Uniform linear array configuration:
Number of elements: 16
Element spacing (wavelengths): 0.75
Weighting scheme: hamming
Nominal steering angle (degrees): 0
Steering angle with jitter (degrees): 1.285
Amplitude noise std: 0.05
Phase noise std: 0.05

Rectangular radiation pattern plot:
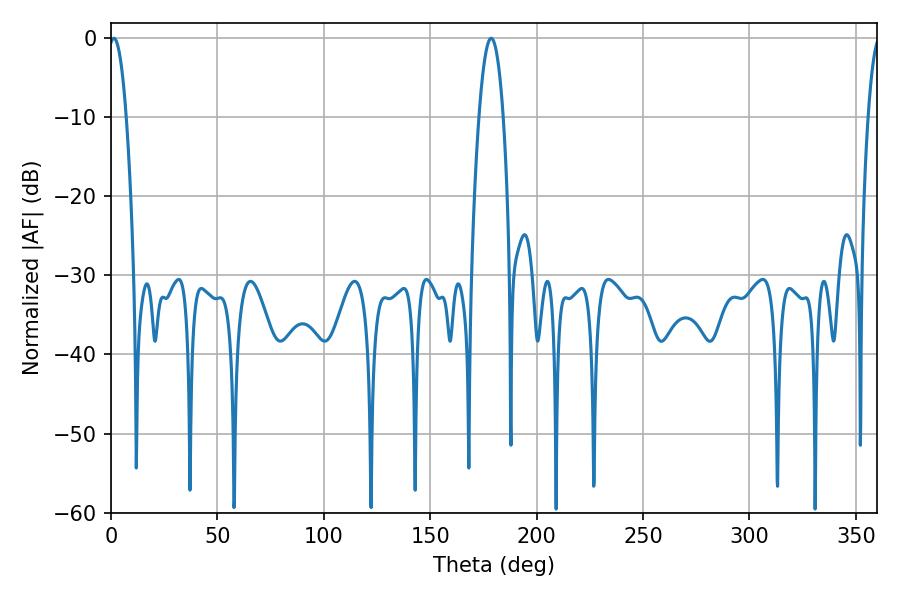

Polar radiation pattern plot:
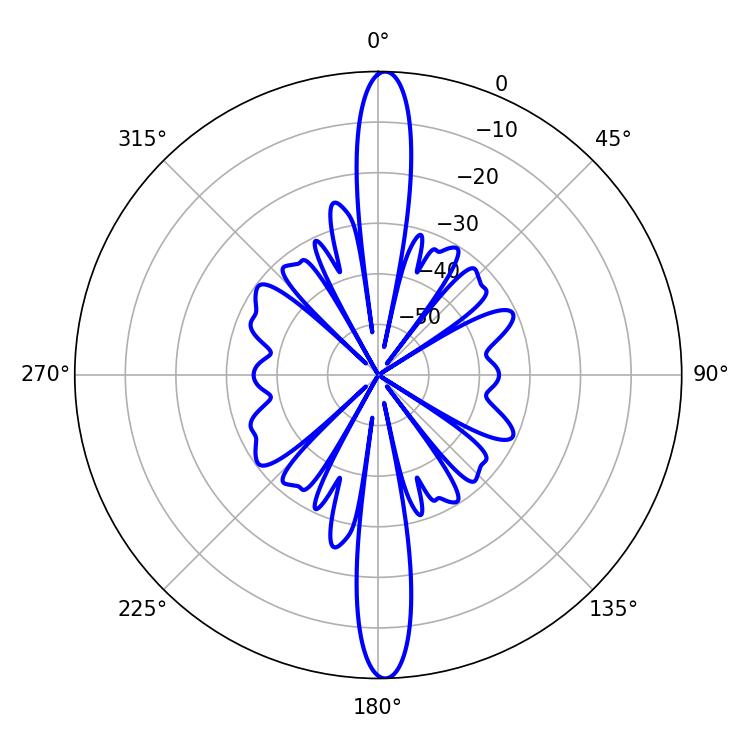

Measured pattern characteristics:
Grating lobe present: TRUE
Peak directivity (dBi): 25.523
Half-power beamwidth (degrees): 4.5
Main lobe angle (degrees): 1.44